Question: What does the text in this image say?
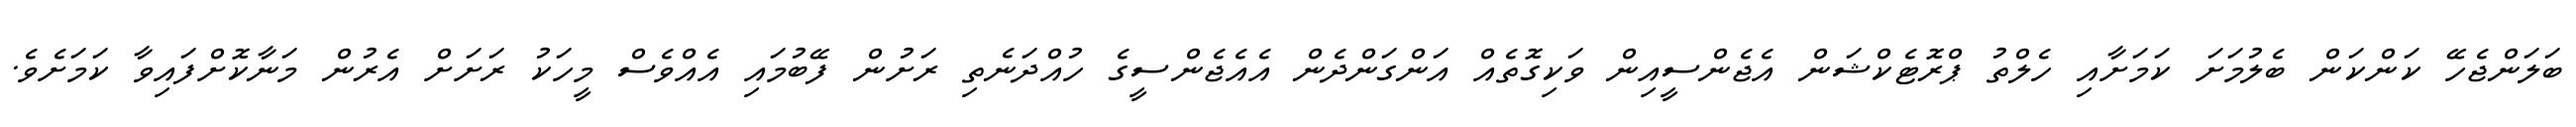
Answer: ބަލަންޖެހޭ ކަންކަން ބެލުމަށަ ކަމަށާއި ހެލްތު ޕްރޮޓެކްޝަން އެޖެންސީއިން ވަކިގޮތެއް އަންގަންދެން އެއެޖެންސީގެ ހުއްދަނެތި ރަށުން ފޭބުމައި އެއްވެސް މީހަކު ރަށަށް އެރުން މަނާކޮށްފައިވާ ކަމަށެވެ.